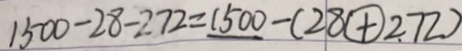
1 5 0 0 - 2 8 - 2 7 2 = 1 5 0 0 - ( 2 8 \textcircled { + } 2 7 2 )